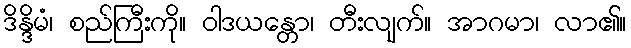
ဒိန္ဒိမံ၊ စည်ကြီးကို။ ဝါဒယန္တော၊ တီးလျက်။ အာဂမာ၊ လာ၏။